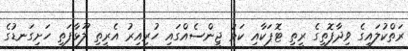
ރަތްކުލައިގެ ވިދާފޮތީގެ ރީތި ޓޮޕަކާއި ކަޅު ޖީންސެއްގައި ހުރިއިރު އެރީތި ލޫޅާފަތި ހަށިގަނޑުގެ